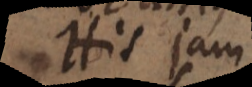
His jam